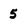
Character: 5